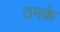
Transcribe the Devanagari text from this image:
ठमके